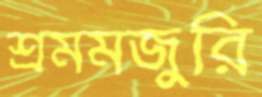
শ্রমমজুরি